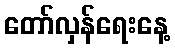
တော်လှန်ရေးနေ့